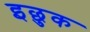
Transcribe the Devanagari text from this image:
इछुक